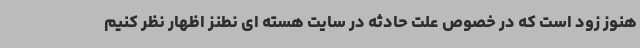
هنوز زود است که در خصوص علت حادثه در سایت هسته ای نطنز اظهار نظر کنیم